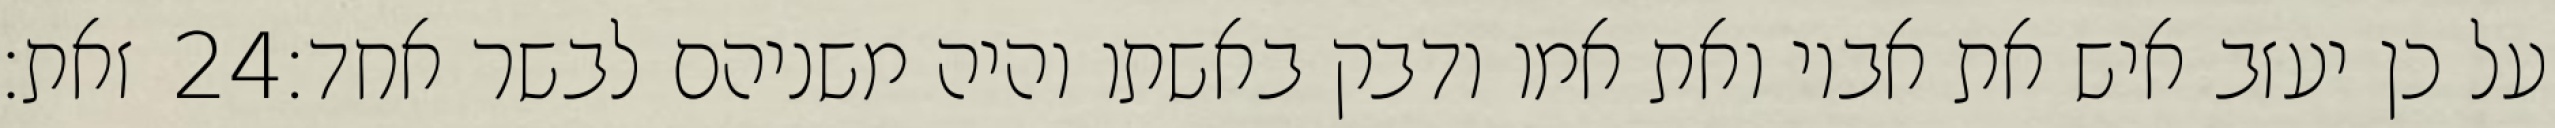
זאת׃ ‎24‏ על כן יעזב איש את אביו ואת אמו ודבק באשתו והיה משניהם לבשר אחד׃